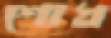
শোধ